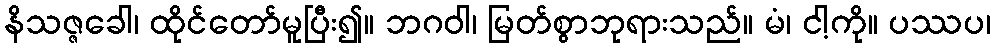
နိသဇ္ဇခေါ၊ ထိုင်တော်မူပြီး၍။ ဘဂဝါ၊ မြတ်စွာဘုရားသည်။ မံ၊ ငါ့ကို။ ပဿပ၊